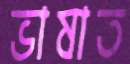
ভাষাত